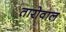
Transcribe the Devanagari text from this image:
तारोवाल